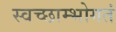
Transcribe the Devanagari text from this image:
स्वच्छाम्भोगतं